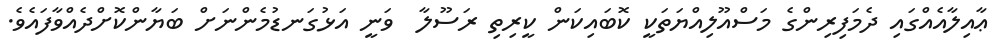
ޢާއިލާއެއްގައި ދެމަފިރިންގެ މަސްއޫލިއްޔަތަކީ ކޮބައިކަން ކީރިތި ރަސޫލާ  ވަނީ އަޅުގަނޑުމެންނަށް ބަޔާންކޮށްދެއްވާފައެވެ.